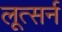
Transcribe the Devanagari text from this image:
लूत्सर्न